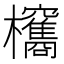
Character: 𣡐